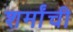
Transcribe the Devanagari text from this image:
शर्मांची